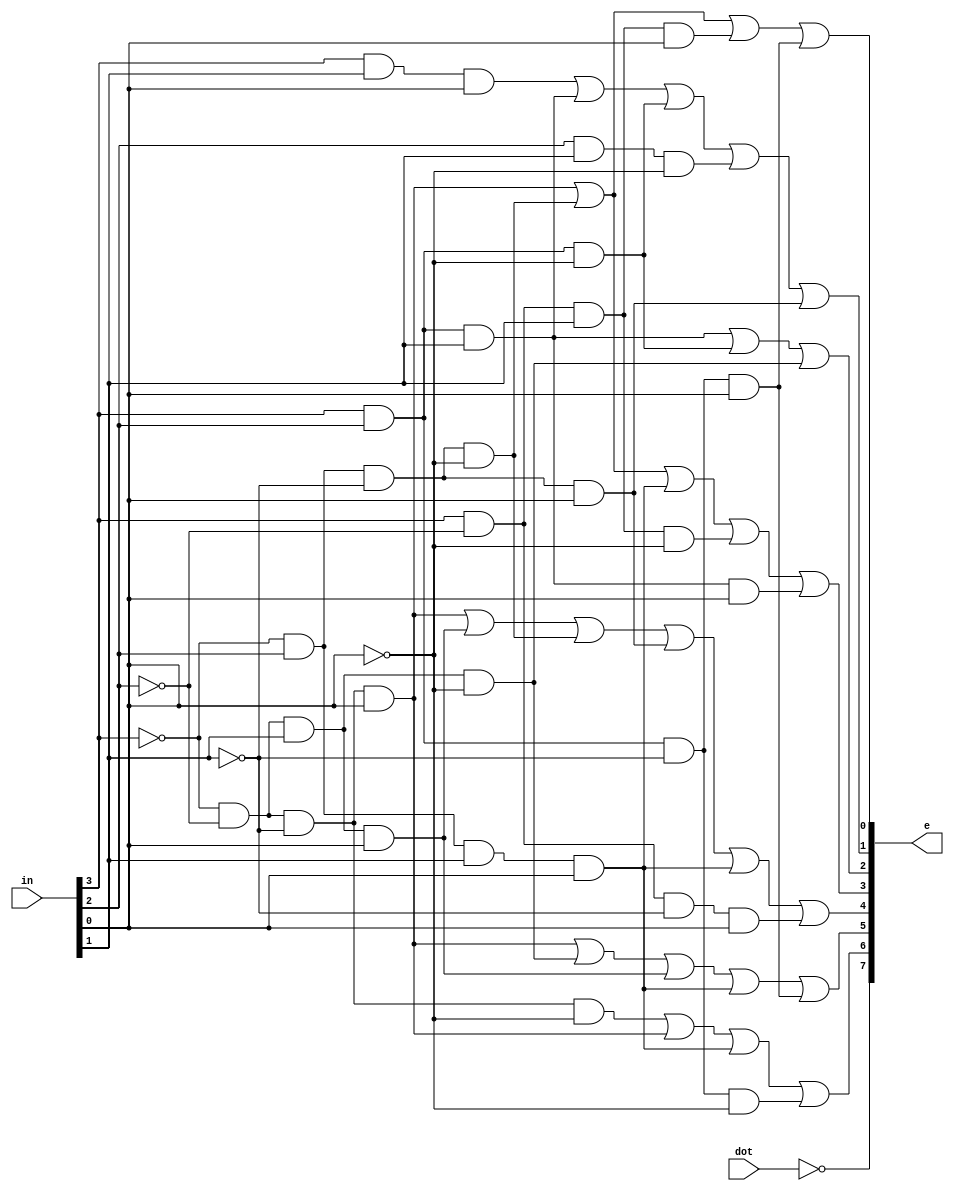
module ssd_display(in, e, dot);
	input [3:0] in;
	input dot;
	output [7:0] e;
	assign e[0] = (~in[3] & ~in[2] & ~in[1] & in[0]) | (~in[3] & in[2] & ~in[1] & ~in[0]) | (in[3] & ~in[2] & in[1] & in[0]) |(in[3] & in[2] & ~in[1] & in[0]);
	assign e[1] = (in[3] & in[1] & in[0]) |(in[3] & in[2] & in[1] ) |(in[3] & in[2] & ~in[0]) |(in[2] & in[1] & ~in[0]) |(~in[3] & in[2] & ~in[1] & in[0]);
	assign e[2] = (in[3] & in[2] & in[1] ) |(in[3] & in[2] & ~in[0]) |(~in[3] & ~in[2] & in[1] & ~in[0]);
	assign e[3] = (~in[3] & ~in[2] & ~in[1] & in[0]) |(~in[3] & in[2] & ~in[1] & ~in[0]) |(~in[3] & in[2] & in[1] & in[0]) |(in[3] & ~in[2] & in[1] & ~in[0]) |(in[3] & in[2] & in[1] & in[0]);
	assign e[4] = (~in[3] & ~in[2] & ~in[1] & in[0]) |(~in[3] & ~in[2] & in[1] & in[0]) |(~in[3] & in[2] & ~in[1] & ~in[0]) |(~in[3] & in[2] & ~in[1] & in[0]) |(~in[3] & in[2] & in[1] & in[0]) |(in[3] & ~in[2] & ~in[1] & in[0]);	
	assign e[5] = (~in[3] & ~in[2] & ~in[1] & in[0]) |(~in[3] & ~in[2] & in[1] & ~in[0]) |(~in[3] & ~in[2] & in[1] & in[0]) |(~in[3] & in[2] & in[1]& in[0]) |(in[3] & in[2] & ~in[1] & in[0]) ;
	assign e[6] = (~in[3] & ~in[2] & ~in[1] & ~in[0]) |(~in[3] & ~in[2] & ~in[1] & in[0]) |(~in[3] & in[2] & in[1] & in[0]) |(in[3] & in[2] & ~in[1] & ~in[0]) ;
	assign e[7] = ~dot;
endmodule